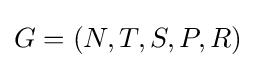
G=(N,T,S,P,R)